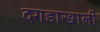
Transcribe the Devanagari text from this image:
दगडाखाली